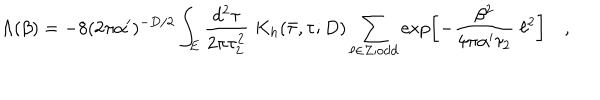
LaTeX: \Lambda ( \beta ) = - 8 ( 2 \pi \alpha ^ { \prime } ) ^ { - D / 2 } \int _ { E } \frac { d ^ { 2 } \tau } { 2 \pi \tau _ { 2 } ^ { 2 } } \; K _ { h } ( \bar { \tau } , \tau ; D ) \sum _ { \ell \in Z ; \mathrm { o d d } } \exp \left[ - \frac { \beta ^ { 2 } } { 4 \pi \alpha ^ { \prime } \tau _ { 2 } } \; \ell ^ { 2 } \right] \quad ,